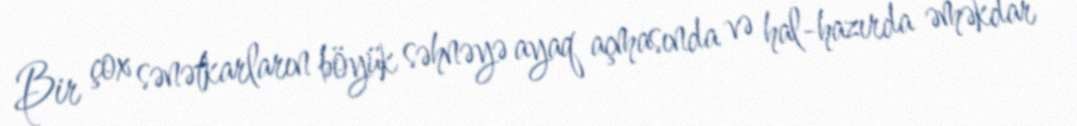
Bir çox sənətkarların böyük səhnəyə ayaq açmasında və hal-hazırda əməkdar